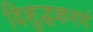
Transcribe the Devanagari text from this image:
विशुद्धकरणं